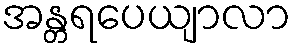
အန္တရပေယျာလာ